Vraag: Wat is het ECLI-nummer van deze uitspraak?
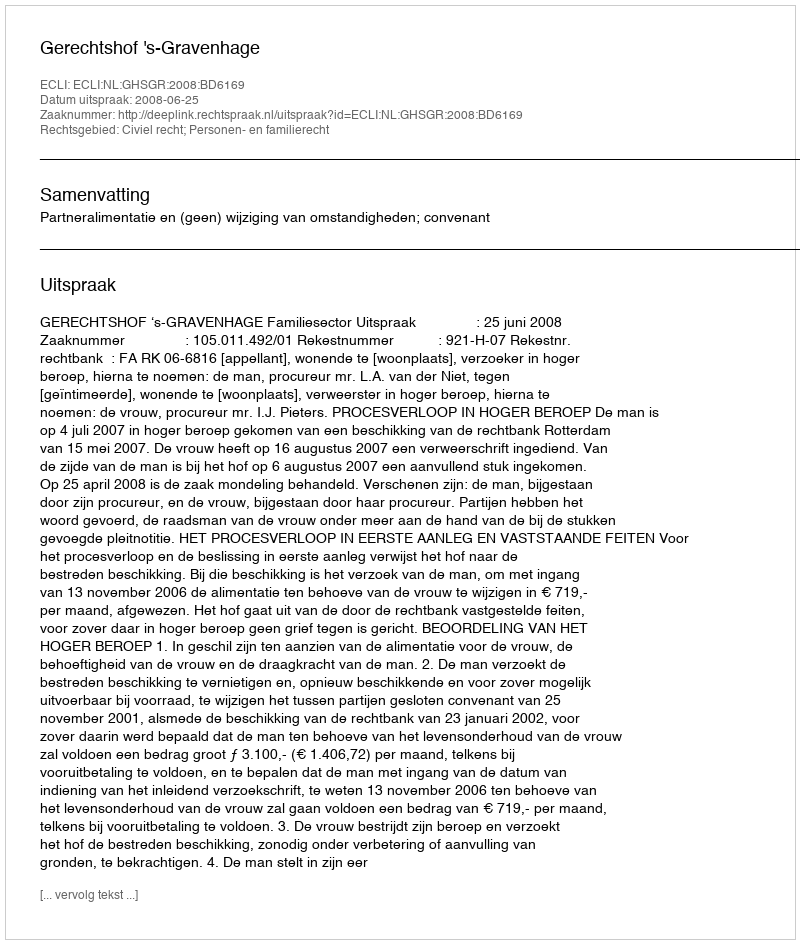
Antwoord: ECLI:NL:GHSGR:2008:BD6169